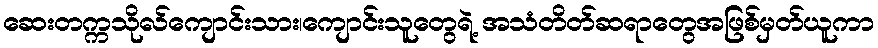
ဆေးတက္ကသိုလ်ကျောင်းသား၊ကျောင်းသူတွေရဲ့ အသံတိတ်ဆရာတွေအဖြစ်မှတ်ယူကာ